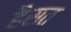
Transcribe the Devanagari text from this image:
हैसत